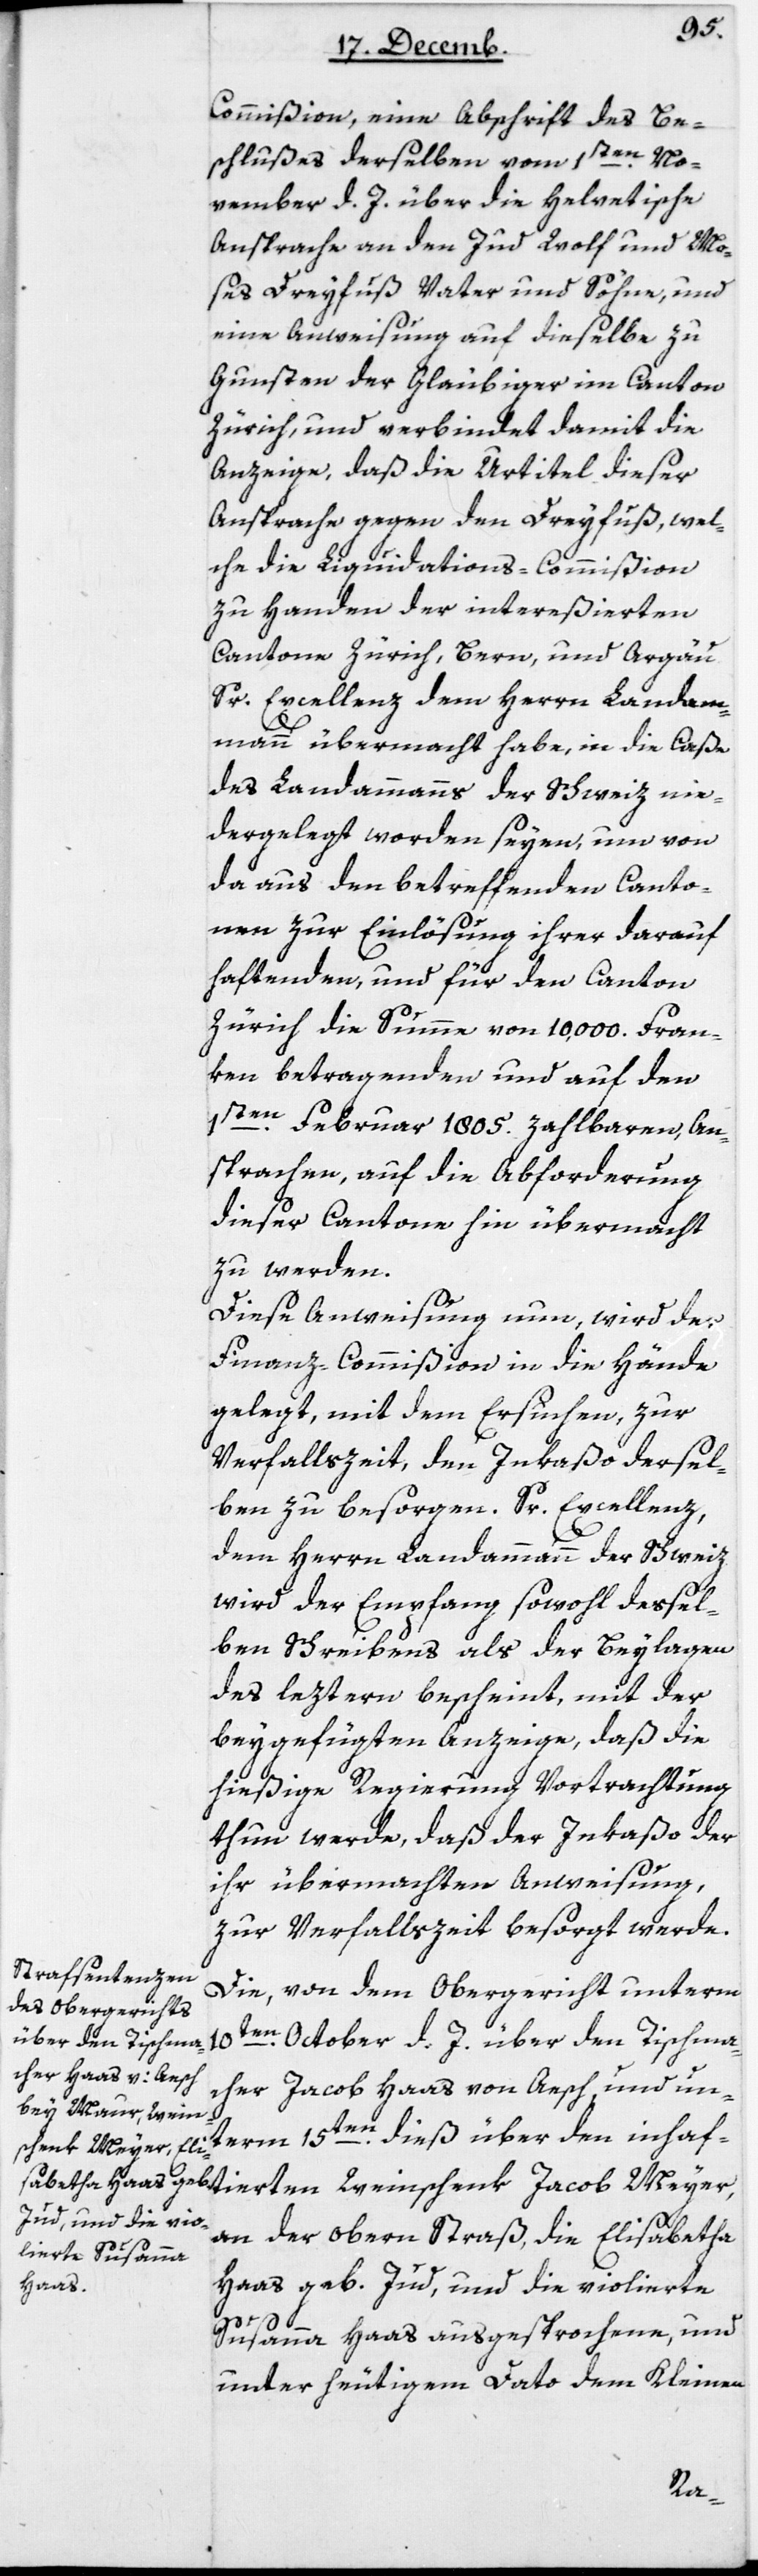
Commißion, eine Abschrift des Be¬
schlußes derselben vom 1sten No¬
vember d. J. über die helvetische
Ansprache an den Jud Wolf und Mo¬
ses Dreyfuß Vater und Söhne, und
eine Anweisung auf dieselbe zu
Gunsten der Gläubiger im Canton
Zürich, und verbindet damit die
Anzeige, daß die Urtitel dieser
Ansprache gegen den Dreyfuß, wel¬
che die Liquidations-Commißion
zu Handen der intereßierten
Cantone Zürich, Bern und Argau
Sr Excellenz dem Herrn Landam¬
mann übermacht habe, in die Caße
des Landammanns der Schweiz nie¬
dergelegt worden seyen, um von
da aus den betreffenden Canto¬
nen zur Einlösung ihrer darauf
haftenden, und für den Canton
Zürich die Summe von 10'000 Fran¬
ken betragenden und auf den
1sten Februar 1805 zahlbaren An¬
sprachen, auf die Abforderung
dieser Cantone hin übermacht
zu werden.
Diese Anweisung nun, wird der
Finanz-Commißion in die Hände
gelegt, mit dem Ersuchen, zur
Verfallszeit den Inkaßo dersel¬
ben zu besorgen. Sr Excellenz,
dem Herrn Landammann der Schweiz
wird der Empfang sowohl deßel¬
ben Schreibens als der Beylagen
des leztern bescheint, mit der
beygefügten Anzeige, daß die
hießige Regierung Vortrachtung
thun werde, daß der Inkaßo der
ihr übermachten Anweisung,
zur Verfallszeit besorgt werde.
Die von dem Obergericht unterm
10ten October d. J. über den Tischma¬
cher Jacob Haas von Aesch, und un¬
term 15ten dieß über den inhaf¬
an der obern Straß, die Elisabetha
tierten Weinschenk
Haas geb. Jud und die violierte
Susanna Haas ausgesprochene und
unter heutigem Dato dem Kleinen